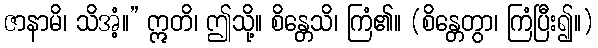
ဇာနာမိ၊ သိအံ့။” ဣတိ၊ ဤသို့။ စိန္တေသိ၊ ကြံ၏။ (စိန္တေတွာ၊ ကြံပြီး၍။)